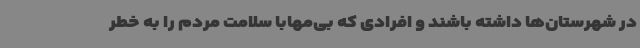
در شهرستان‌ها داشته باشند و افرادی که بی‌مهابا سلامت مردم را به خطر